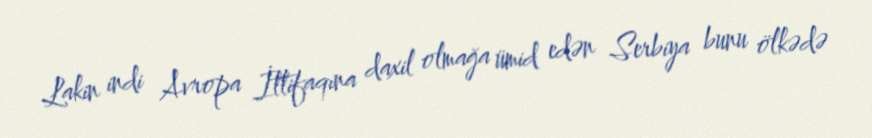
Lakin indi Avropa İttifaqına daxil olmağa ümid edən Serbiya bunu ölkədə